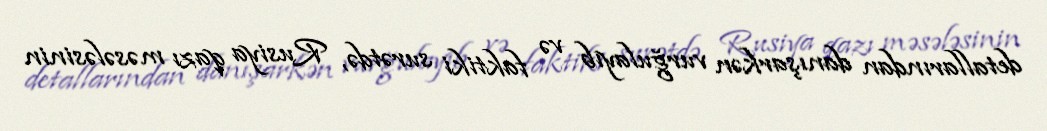
detallarından danışarkən vurğulayıb və faktiki surətdə, Rusiya qazı məsələsinin